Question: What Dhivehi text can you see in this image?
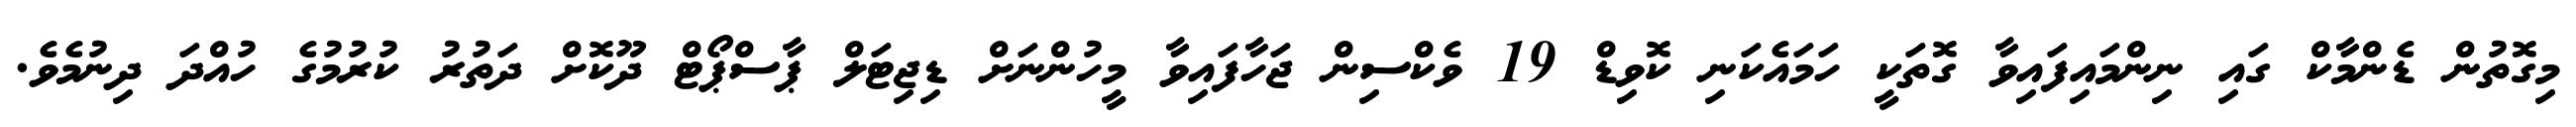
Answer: މިގޮތުން ޑެންމާކް ގައި ނިންމައިފައިވާ ގޮތަކީ ހަމައެކަނި ކޮވިޑް 19 ވެކްސިން ޖަހާފައިވާ މީހުންނަށް ޑިޖިޓަލް ޕާސްޕޯޓް ދޫކޮށް ދަތުރު ކުރުމުގެ ހުއްދަ ދިނުމެވެ.